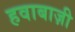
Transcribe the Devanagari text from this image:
हवाबाज़ी